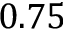
0 . 7 5